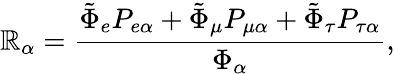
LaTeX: \mathbb{R}_{\alpha}=\frac{{\tilde{{\Phi}}_{e}P_{e\alpha}+\tilde{{\Phi}}_{\mu}P_{\mu\alpha}+\tilde{{\Phi}}_{\tau}P_{\tau\alpha}}}{{\Phi_{\alpha}}},